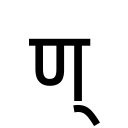
OCR:
ण्